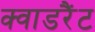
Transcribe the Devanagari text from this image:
क्वाडरैंट